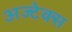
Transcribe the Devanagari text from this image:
अज्टेक्स